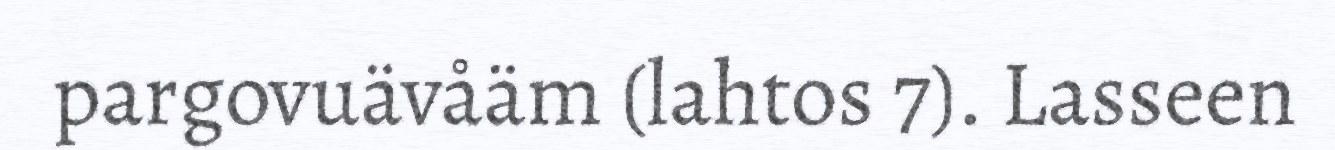
pargovuävåäm (lahtos 7). Lasseen